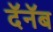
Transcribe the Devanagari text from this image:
दॅनॅब